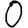
Digit: 0